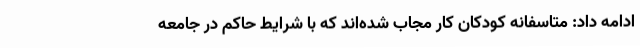
ادامه داد: متاسفانه کودکان کار مجاب شده‌اند که با شرایط حاکم در جامعه